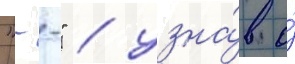
"--" / узна́в о́